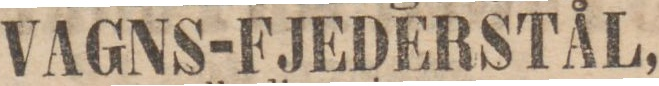
VAGNS-FJEDERSTÅL,